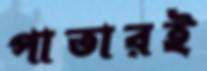
পাতারই